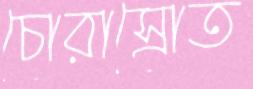
চোরাস্রোত